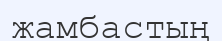
жамбастың